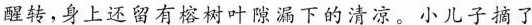
醒转，身上还留有榕树叶隙漏下的清凉。小儿子摘了